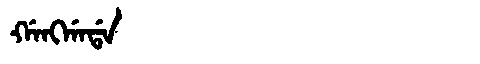
Manchu: ᡤᠠᠩᡤᠠᡩᠠ
Romanization: GANGGADA